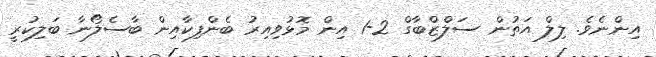
އިންނެވެ. ލިލް އަތުން ސަލްޒްބާގް 2-1 އިން މޮޅުވިއިރު ބެންފިކާއިން ބާސެލޯނާ ބަލިކުރީ